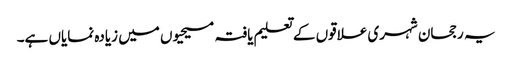
یہ رجحان شہری علاقوں کے تعلیم یافتہ مسیحیوں میں زیادہ نمایاں ہے۔